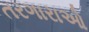
તરગારાઓ